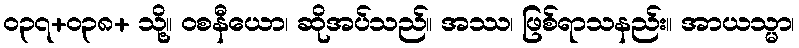
ဝ၃၇+၀၃၈+ သို့။ ဝစနီယော၊ ဆိုအပ်သည်။ အဿ၊ ဖြစ်ရာသနည်း။ အာယသ္မာ၊